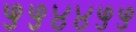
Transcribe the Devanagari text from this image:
५५४४५५